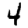
Digit: 4